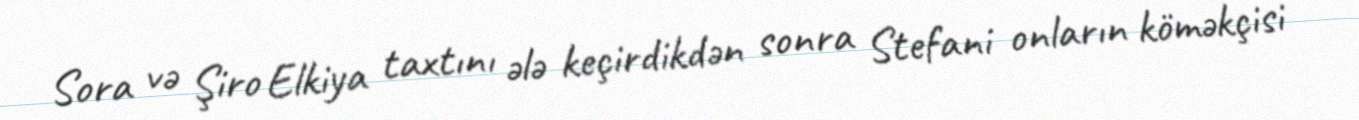
Sora və Şiro Elkiya taxtını ələ keçirdikdən sonra Stefani onların köməkçisi